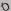
Text: 0